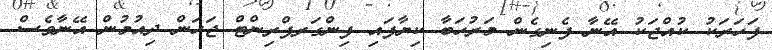
ފަހަރަކު ކުއްޖަކު އޭނާ ފެނިގެން މަރުހަބާ ކިޔާފައި ފިންގަރޕްރިންޓް ޖަހަން ދިއުމުން އޭނާވެސް